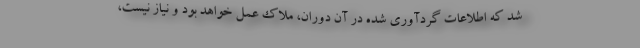
شد که اطلاعات گردآوری شده در آن دوران، ملاک عمل خواهد بود و نیاز نیست،